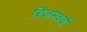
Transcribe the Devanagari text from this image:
रिजमध्ये